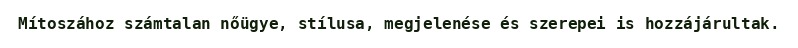
Mítoszához számtalan nőügye, stílusa, megjelenése és szerepei is hozzájárultak.